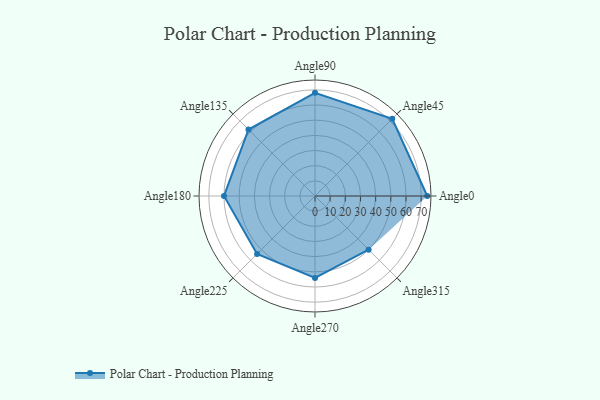
{"axis": {"x": "Angle", "y": "Radius"}, "legend": [""], "data": [{"x": "Angle0", "y": 74.0, "type": ""}, {"x": "Angle45", "y": 72.0, "type": ""}, {"x": "Angle90", "y": 68.0, "type": ""}, {"x": "Angle135", "y": 62.0, "type": ""}, {"x": "Angle180", "y": 60.0, "type": ""}, {"x": "Angle225", "y": 54.0, "type": ""}, {"x": "Angle270", "y": 54.0, "type": ""}, {"x": "Angle315", "y": 50, "type": ""}]}